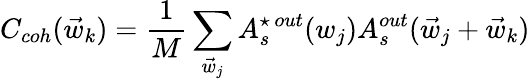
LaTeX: C_{coh}(\vec{w}_{k})=\frac{1}{M}\sum_{\vec{w}_{j}}A_{s}^{\star\, out}(w_{j})A_{s}^{out}(\vec{w}_{j}+\vec{w}_{k})